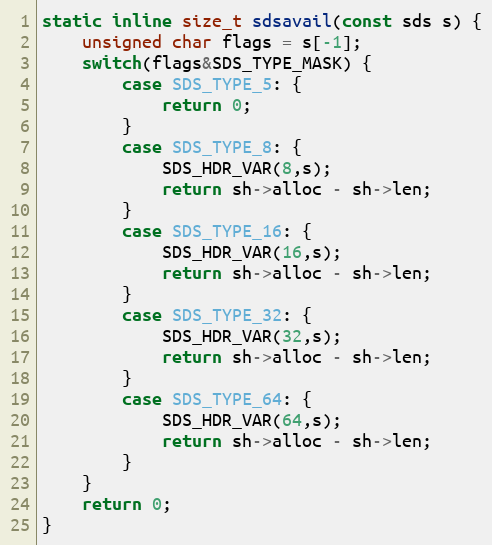
Language: C
static inline size_t sdsavail(const sds s) {
    unsigned char flags = s[-1];
    switch(flags&SDS_TYPE_MASK) {
        case SDS_TYPE_5: {
            return 0;
        }
        case SDS_TYPE_8: {
            SDS_HDR_VAR(8,s);
            return sh->alloc - sh->len;
        }
        case SDS_TYPE_16: {
            SDS_HDR_VAR(16,s);
            return sh->alloc - sh->len;
        }
        case SDS_TYPE_32: {
            SDS_HDR_VAR(32,s);
            return sh->alloc - sh->len;
        }
        case SDS_TYPE_64: {
            SDS_HDR_VAR(64,s);
            return sh->alloc - sh->len;
        }
    }
    return 0;
}